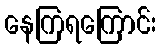
နေကြရကြောင်း